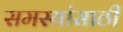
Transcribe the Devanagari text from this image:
समस्यांसाठी